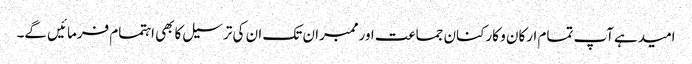
امیدہےآپ تمام ارکان و کارکنان جماعت اورممبران تک ان کی ترسیل کابھی اہتمام فرمائیں گے۔